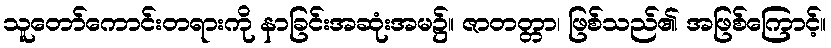
သူတော်ကောင်းတရားကို နာခြင်းအဆုံးအမ၌။ ဇာတတ္တာ၊ ဖြစ်သည်၏ အဖြစ်ကြောင့်။